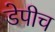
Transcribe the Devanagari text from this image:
डेपीच